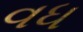
વધ